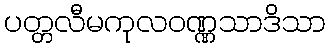
ပတ္တလီမကုလဝဏ္ဏသာဒိသာ